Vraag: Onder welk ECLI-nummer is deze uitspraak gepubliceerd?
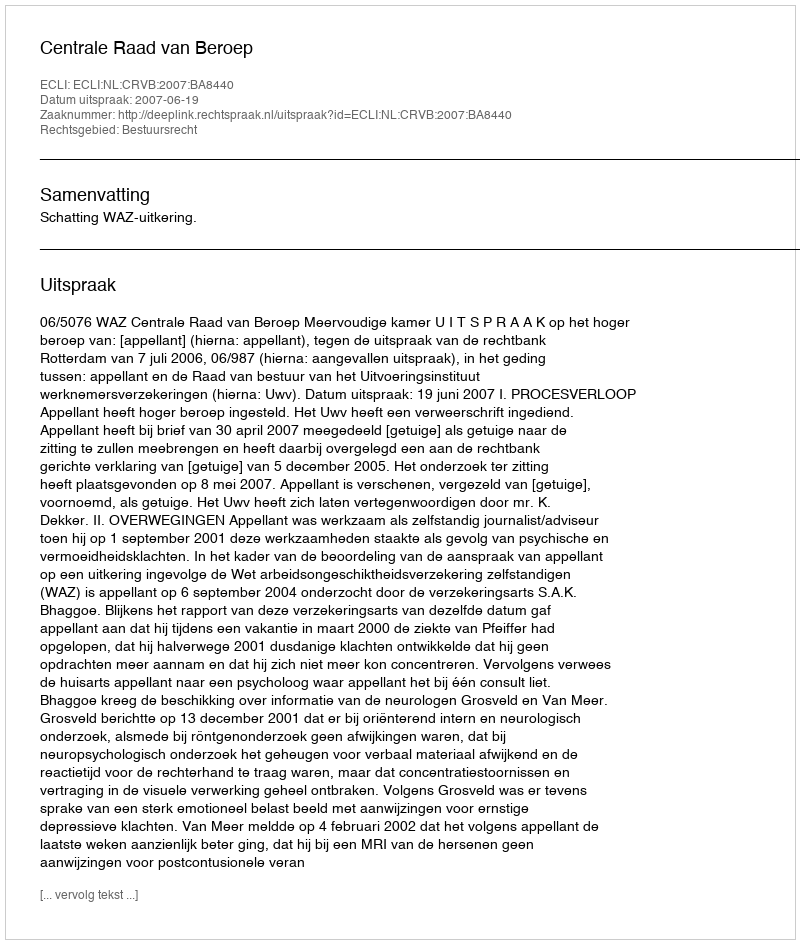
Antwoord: ECLI:NL:CRVB:2007:BA8440